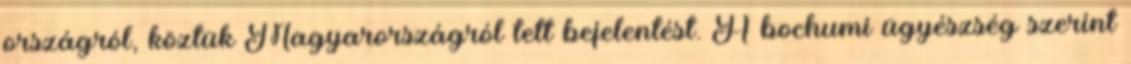
országról, köztük Magyarországról tett bejelentést. A bochumi ügyészség szerint